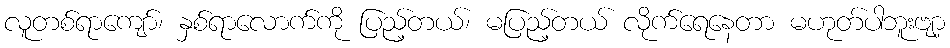
လူတစ်ရာကျော်၊ နှစ်ရာလောက်ကို ပြည့်တယ်၊ မပြည့်တယ် လိုက်ရေနေတာ မဟုတ်ပါဘူးဗျာ့